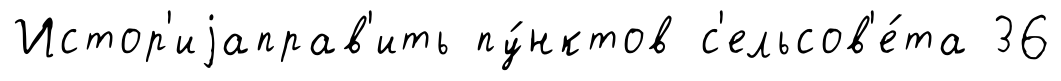
Истор'иjаправ'ить пу́нктов с'ельсов'е́та 36